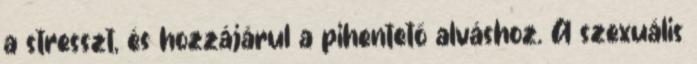
a stresszt, és hozzájárul a pihentető alváshoz. A szexuális